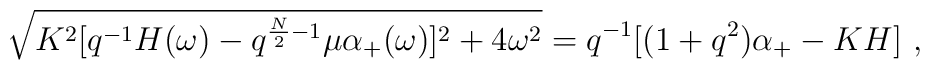
\sqrt{K^2[q^{-1} H(\omega)-q^{{N\over2}-1}\mu \alpha_+(\omega)]^2+4\omega^2}=q^{-1}[(1+q^2)\alpha_+-KH]\ ,